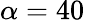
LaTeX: \alpha=40